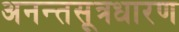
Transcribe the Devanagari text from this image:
अनन्तसूत्रधारण